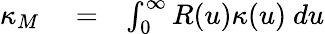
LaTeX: \begin{array}{rlr}{\kappa_{M}}&{{}=}&{\int_{0}^{\infty}R(u)\kappa(u)~du}\end{array}